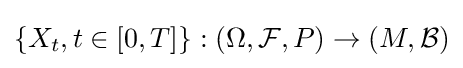
\{X_{t},t\in [0,T]\}:(\Omega ,{\mathcal {F}},P)\to (M,{\mathcal {B}})